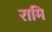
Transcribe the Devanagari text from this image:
रामि